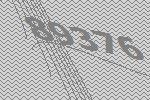
89376